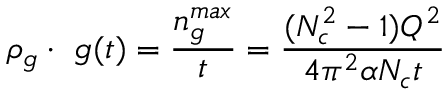
\rho _ { g } \cdot \ g ( t ) = { \frac { n _ { g } ^ { m a x } } { t } } = { \frac { ( N _ { c } ^ { 2 } - 1 ) Q ^ { 2 } } { 4 \pi ^ { 2 } \alpha N _ { c } t } }